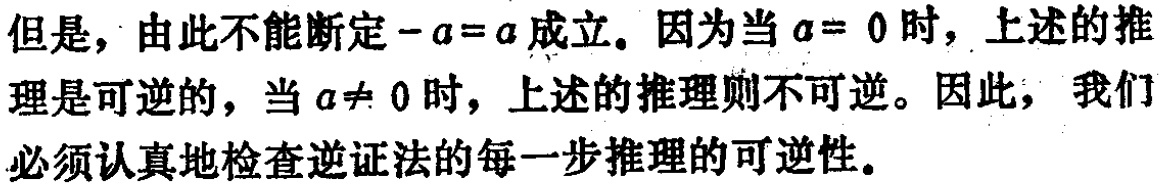
但是，由此不能断定\(-a = a\)成立。因为当\(a = 0\)时，上述的推理是可逆的，当\(a\neq 0\)时，上述的推理则不可逆。因此，我们必须认真地检查逆证法的每一步推理的可逆性。